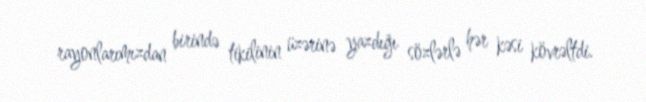
rayonlarımızdan birində tikilinin üzərinə yazdığı sözlərlə hər kəsi kövrəltdi.